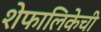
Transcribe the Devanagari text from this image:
शेफालिकेची